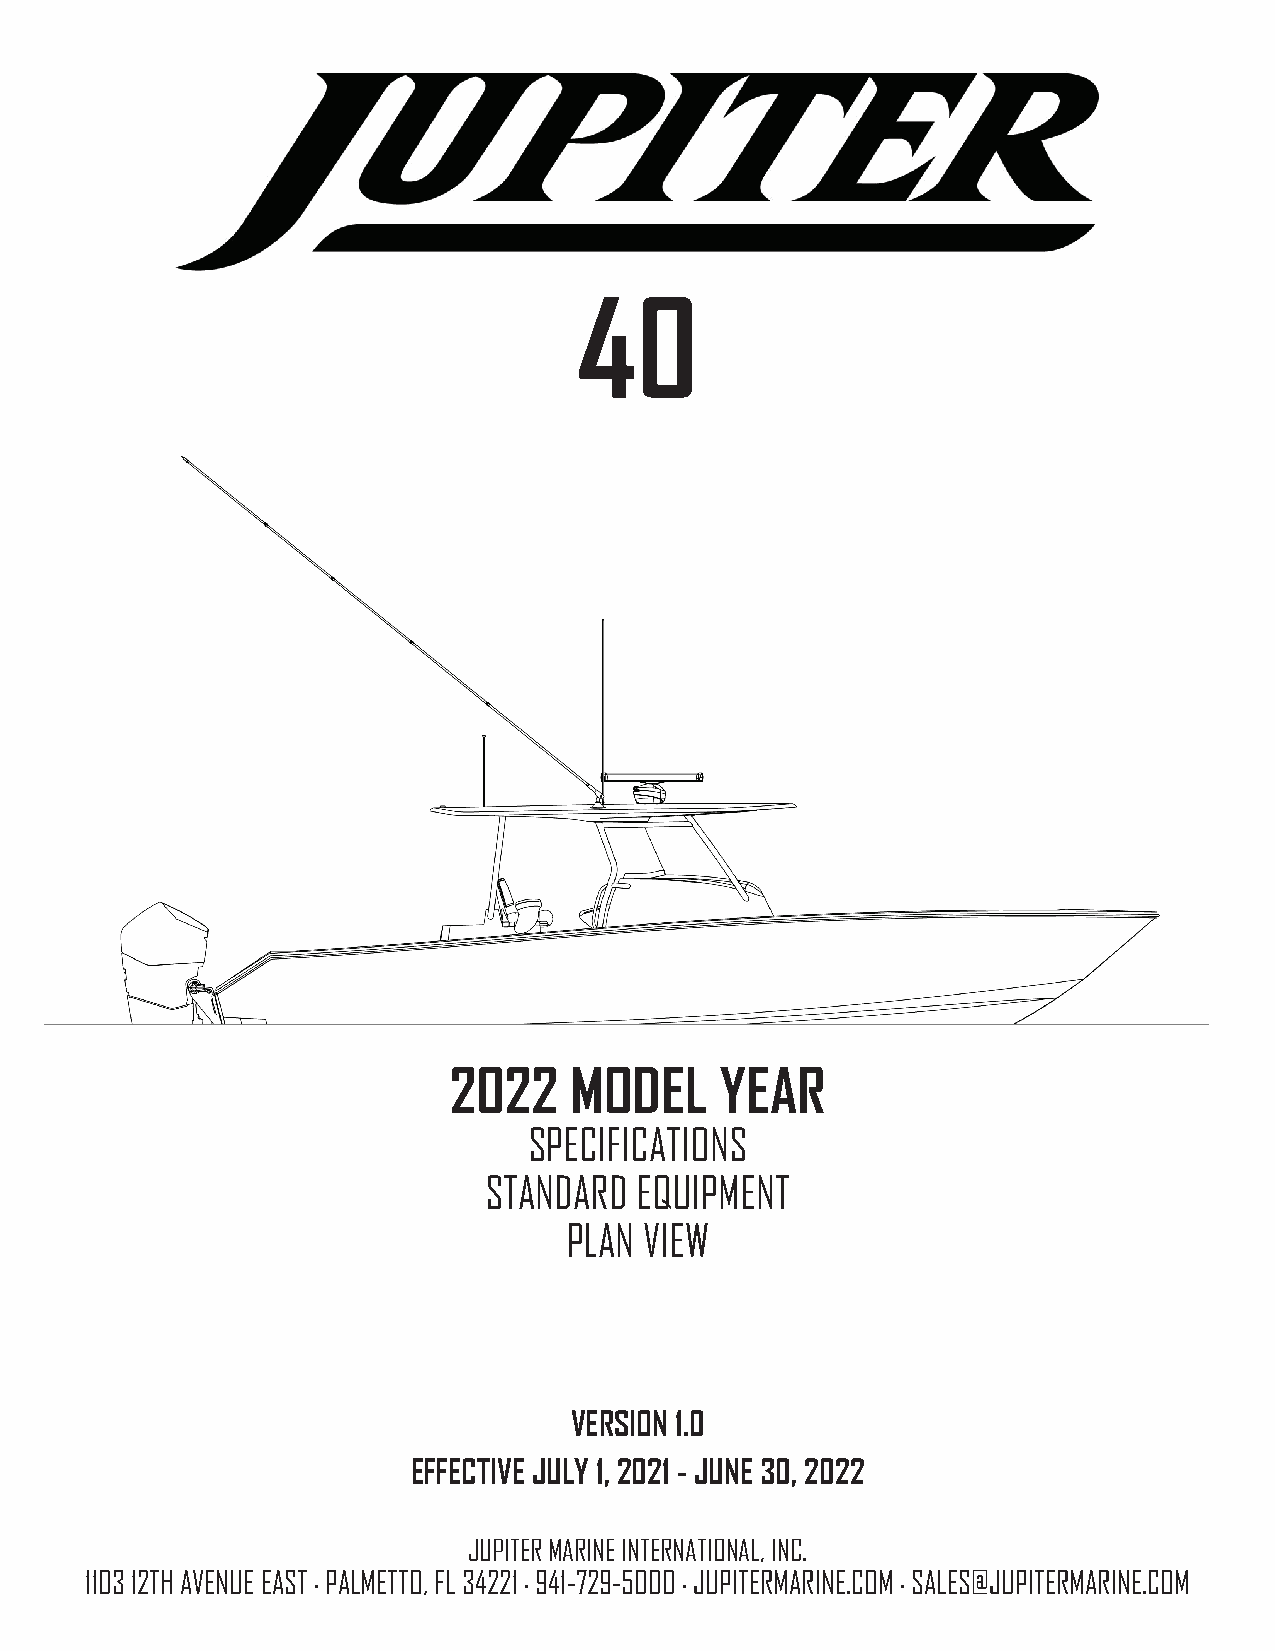
40
 2022    MODEL     YEAR
 SPECIFICATIONS
 STANDARD  EQUIPMENT
 PLAN  VIEW
 VERSION 1.0
 EFFECTIVE JULY 1, 2021 - JUNE 30, 2022
 JUPITER MARINE INTERNATIONAL, INC.
 1103 12TH AVENUE EAST . PALMETTO, FL 34221 . 941-729-5000 . JUPITERMARINE.COM . SALES@JUPITERMARINE.COM